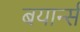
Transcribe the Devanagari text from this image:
बयार्न्स